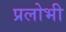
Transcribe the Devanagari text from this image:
प्रलोभी